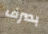
بصرف